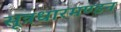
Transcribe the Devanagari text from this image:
सूत्रधारमण्डन